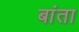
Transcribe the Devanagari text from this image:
बांता